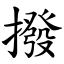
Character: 撥